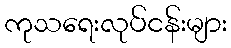
ကုသရေးလုပ်ငန်းများ